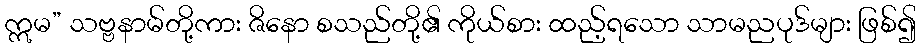
ဣမ” သဗ္ဗနာမ်တို့ကား ဇိနော စသည်တို့၏ ကိုယ်စား ထည့်ရသော သာမညပုဒ်များ ဖြစ်၍